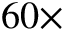
6 0 \times